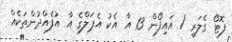
ފޮޓޯ ގެލަރީ / އައިފޯން 13 އާ އެކު އެޕަލްގެ އާ އުފެއްދުންތަކެއް